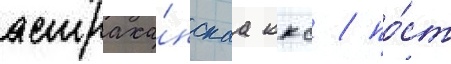
астраха́нскаа ккс / по́ст